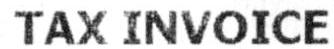
TAX INVOICE